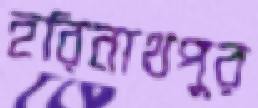
হরিনাথপুর